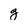
Character: g